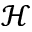
\mathcal { H }